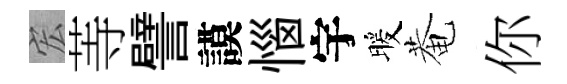
宏䓁譬謨惱宇暖菴你